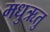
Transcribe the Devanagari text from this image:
मधुऋतु